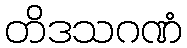
တိဒသဂဏံ